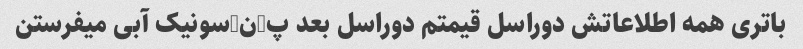
باتری همه اطلاعاتش دوراسل قیمتم دوراسل بعد پ-ن-سونیک آبی میفرستن